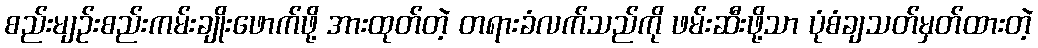
စည်းမျဉ်းစည်းကမ်းချိုးဖောက်ဖို့ အားထုတ်တဲ့ တရားခံလက်သည်ကို ဖမ်းဆီးဖို့သာ ပုံစံချသတ်မှတ်ထားတဲ့